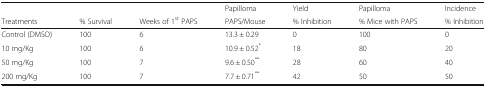
<table><thead><tr><td></td><td></td><td></td><td><b>Papilloma</b></td><td><b>Yield</b></td><td><b>Papilloma</b></td><td><b>Incidence</b></td></tr><tr><td><b>Treatments</b></td><td><b>% Survival</b></td><td><b>Weeks of 1<sup>st</sup> PAPS</b></td><td><b>PAPS/Mouse</b></td><td><b>% Inhibition</b></td><td><b>% Mice with PAPS</b></td><td><b>% Inhibition</b></td></tr></thead><tbody><tr><td>Control (DMSO)</td><td>100</td><td>6</td><td>13.3 ± 0.29</td><td>0</td><td>100</td><td>0</td></tr><tr><td>10 mg/Kg</td><td>100</td><td>6</td><td>10.9 ± 0.52<sup>*</sup></td><td>18</td><td>80</td><td>20</td></tr><tr><td>50 mg/Kg</td><td>100</td><td>7</td><td>9.6 ± 0.50<sup>**</sup></td><td>28</td><td>60</td><td>40</td></tr><tr><td>200 mg/Kg</td><td>100</td><td>7</td><td>7.7 ± 0.71<sup>**</sup></td><td>42</td><td>50</td><td>50</td></tr></tbody></table>